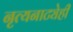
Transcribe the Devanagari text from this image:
नृत्यनाट्येही